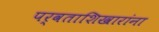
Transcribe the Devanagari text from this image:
पर्वताशिखारांना